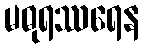
မဓုရဿရေန